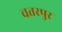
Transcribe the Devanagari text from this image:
चतरपुर